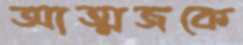
আত্মজকে